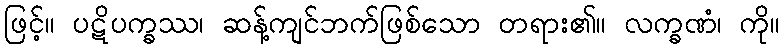
ဖြင့်။ ပဋိပက္ခဿ၊ ဆန့်ကျင်ဘက်ဖြစ်သော တရား၏။ လက္ခဏံ၊ ကို။